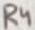
Text: 100K